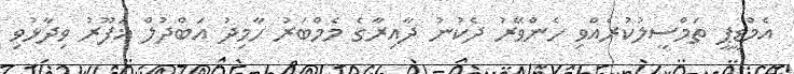
އެމްޑީޕީ ތަމްސީލުކުރެއްވި ހެންވޭރު ދެކުނު ދާއިރާގެ މެމްބަރު ހާމިދު އަބްދުލް ޣަފޫރު ވިދާޅުވި